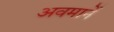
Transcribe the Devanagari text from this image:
अवमानें